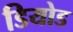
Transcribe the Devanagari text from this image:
डियोड